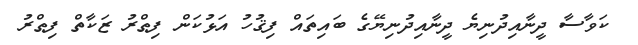
ކަވާސާ ދީނާއިދުނިޔެ ދީނާއިދުނިޔޭގެ ބައިތައް ފިޤުހު އަޅުކަން ފިޠްރު ޒަކާތް ފިޠްރު